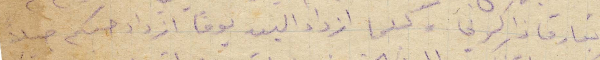
يفارق ذاكرتي ولكما ازداد البين يومًا ازداد حبكم حبًا